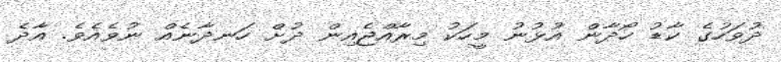
ދުވަހުގެ ކާޑު ހޯދާން އުޅުނު މީހަކު މިރާއްޖެއިން ދުށް ހަނދާނެއް ނުވެއެވެ. އާދެ